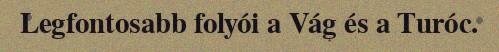
Legfontosabb folyói a Vág és a Turóc.